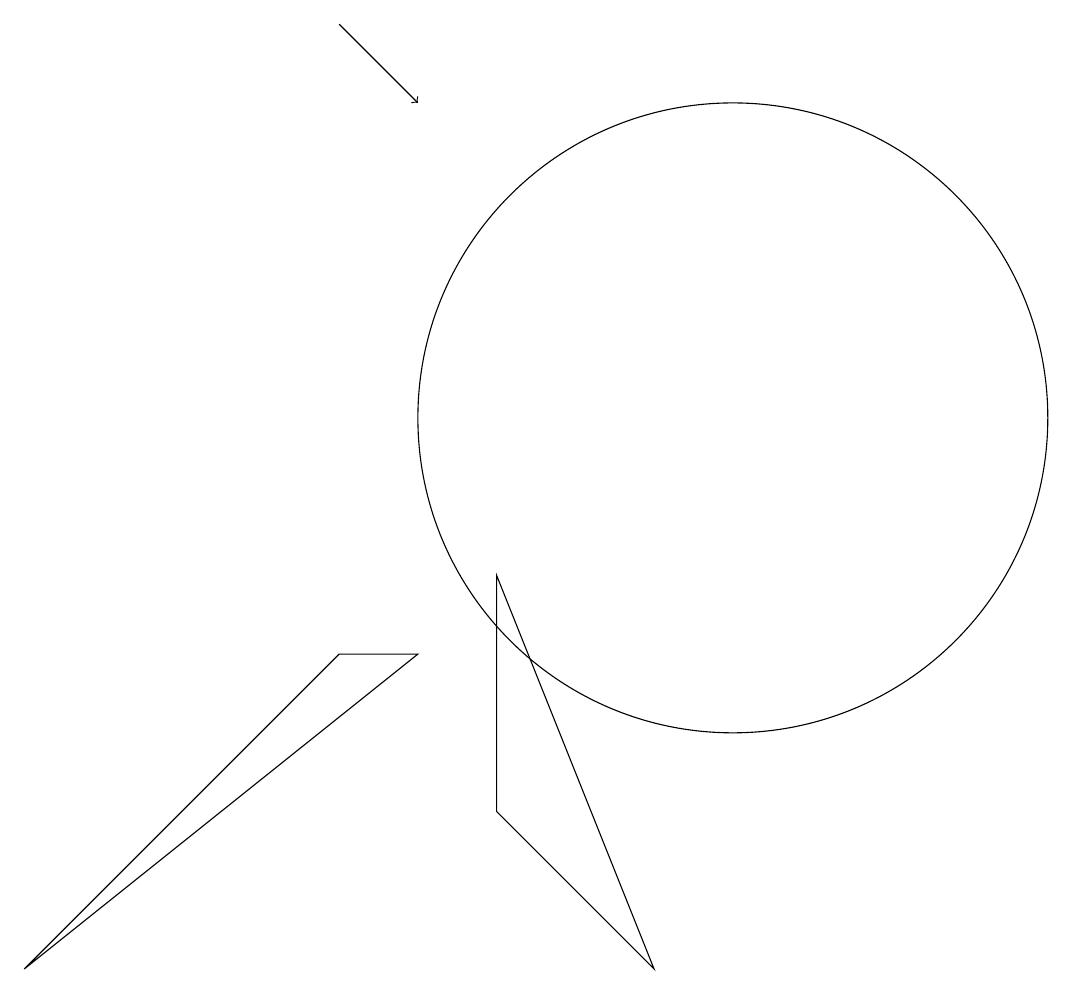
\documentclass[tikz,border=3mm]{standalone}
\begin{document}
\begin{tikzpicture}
\draw (10,10) circle (4);
\draw (7,8) -- (9,3) -- (7,5) -- cycle;
\draw (12,11) circle (0);
\draw (6,7) -- (1,3) -- (5,7) -- cycle;
\draw (12,11) circle (0);
\draw[->] (5,15) -- (6,14);
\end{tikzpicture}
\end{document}